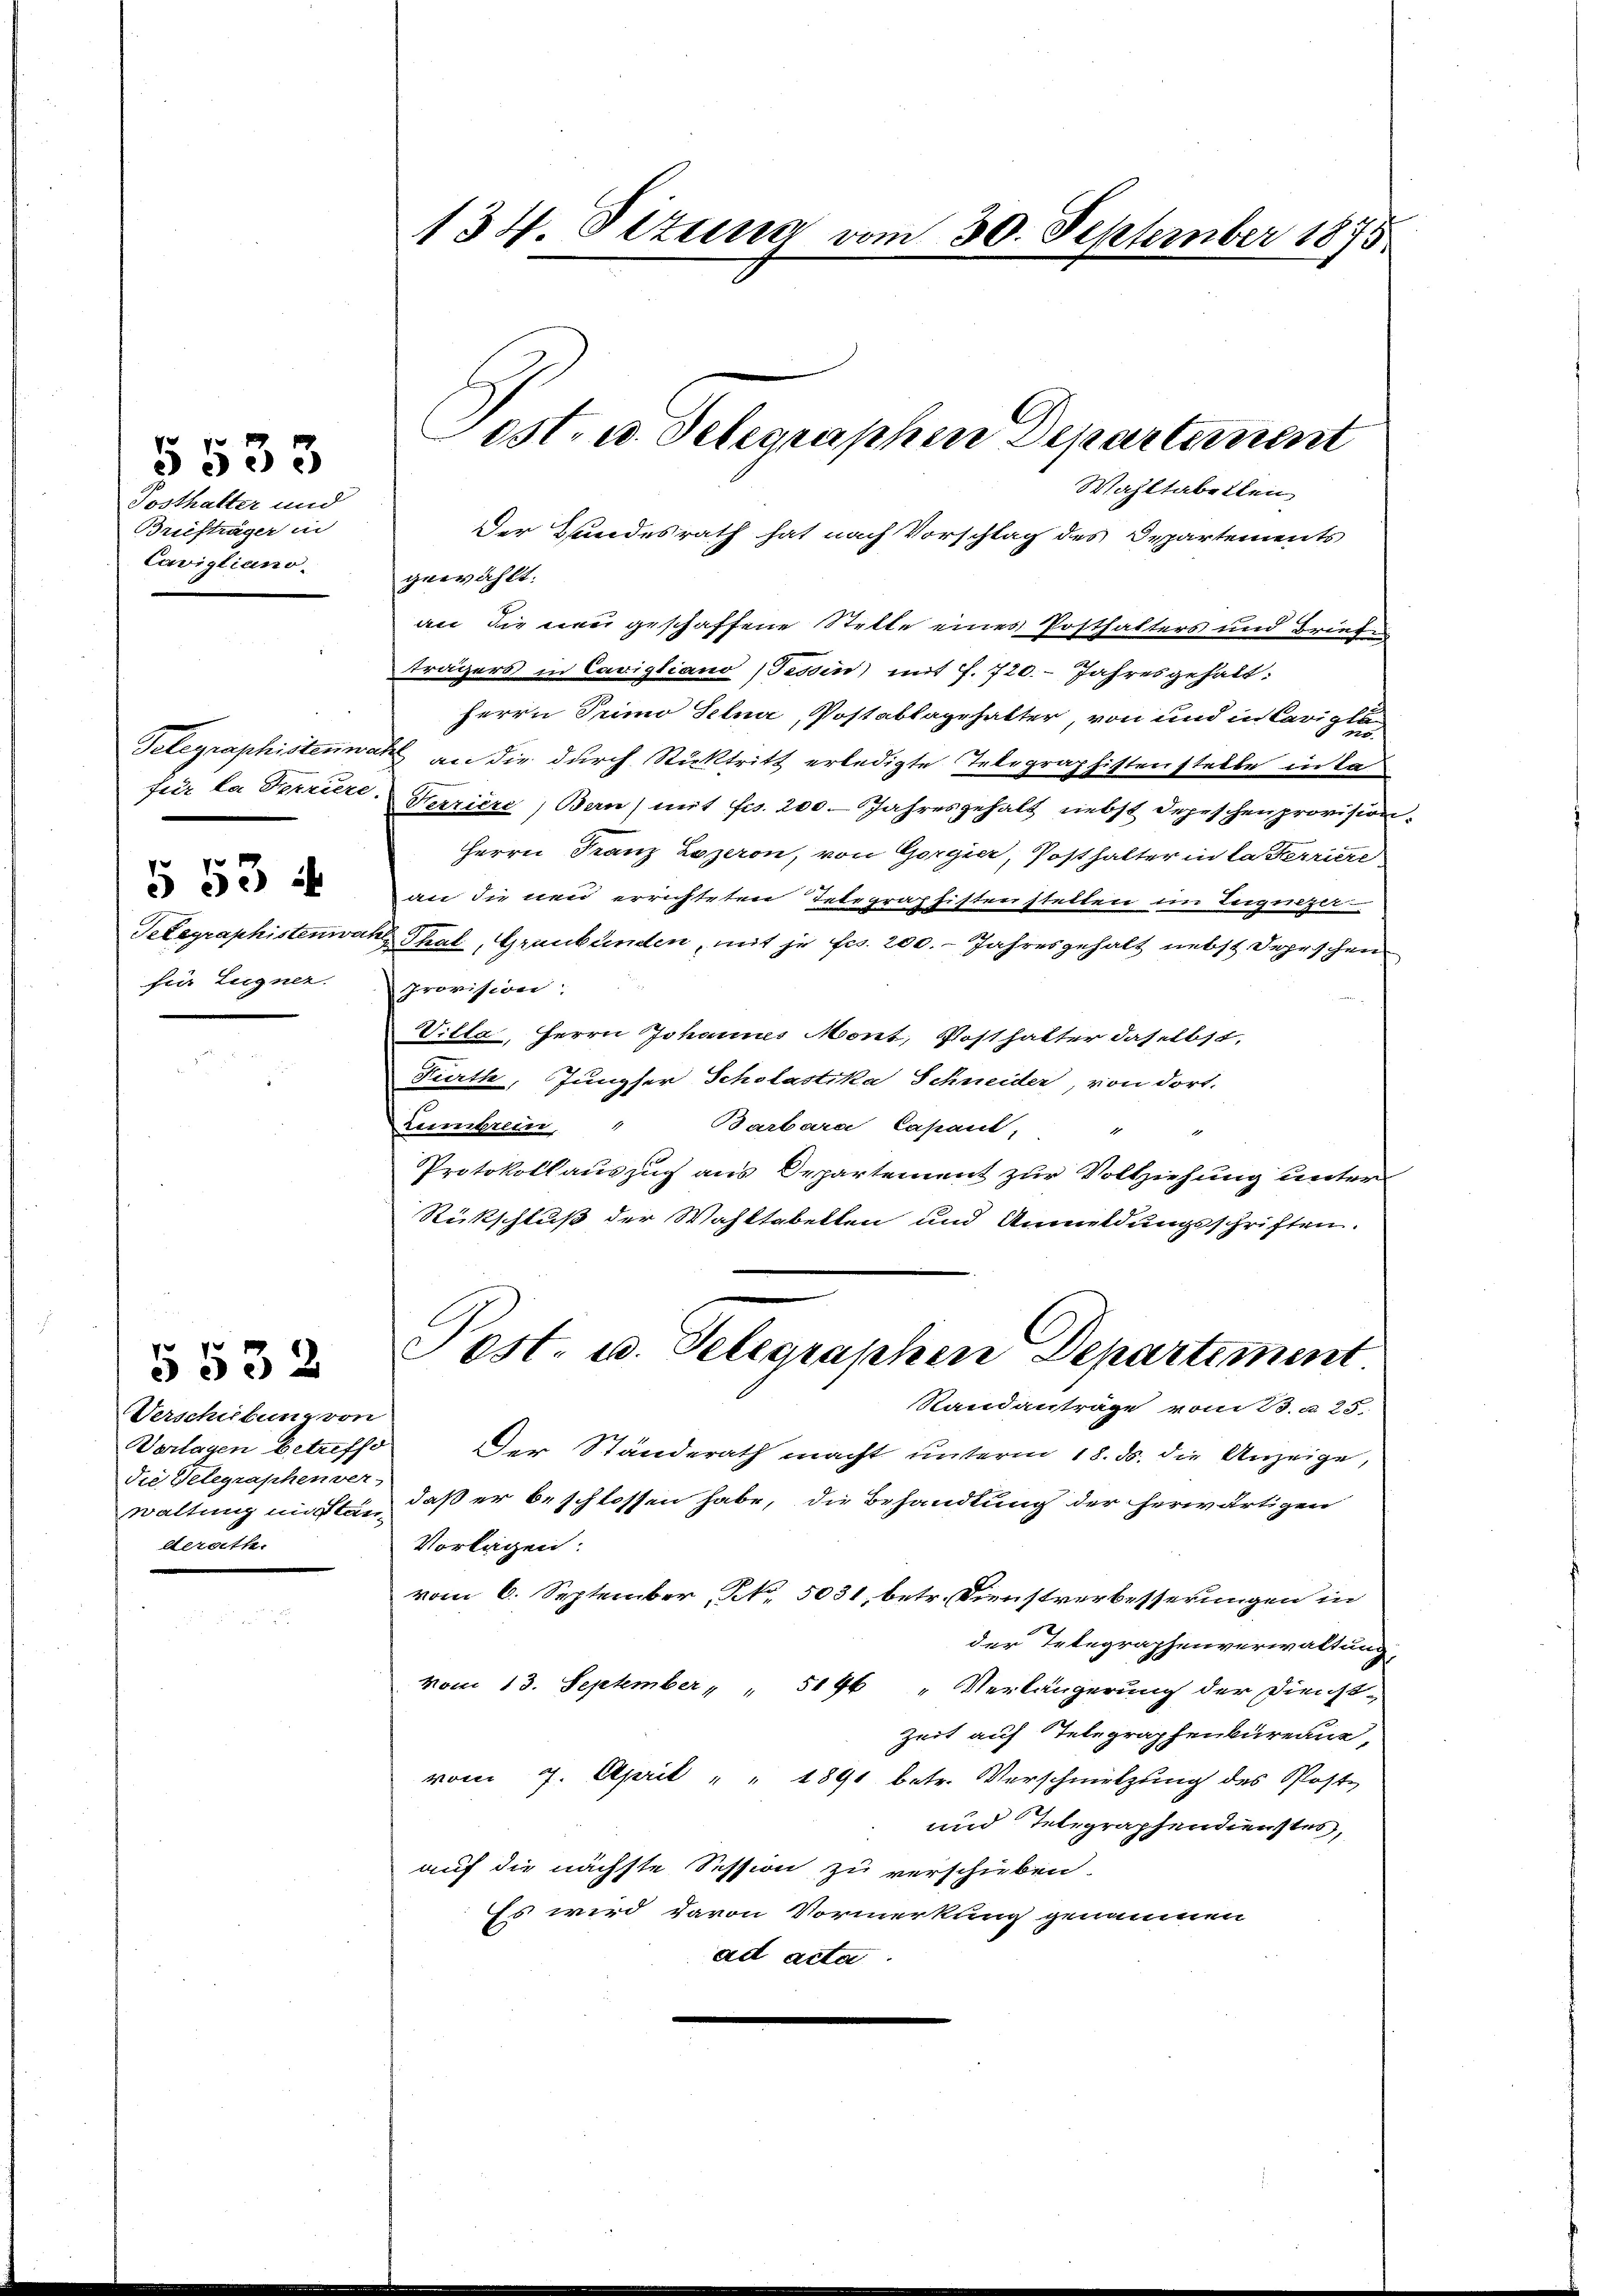
Posthalter und
Briefträger in
Cavigliano.

5533

Telegraphistenn
fuer la Feriere
7
3 de
Telegraphistenwar
für Eugner.

Verschubung von
Verlagen betreffe
die Velegraphen ver-
waltung instanderath.

134. Situa vom 30. September 1875

Wahltabellen
Der Hundesrath hat nach Vorschlag des Departements
gewählt.
an die neu geschaffene Stelle eines Posthalters und Brude
trägers in Cavigliano (Tessin) mit f. 720. Jahresgehalt:
Herrn Primo Selna, Postablagehalter, von und in Carigla
 an die durch Rücktritt erledigte Telegraphistenstelle in ta¬
Terriere, Bern) mit fcs. 200 Jahresgehalt nebst depeschen provision.
Herrn Franz Lozeron, von Gorgier, Posthalter in la ferriere
an die neu errichteten Telegraphistenstellen im Teignetet.
Thal, Graubünden, mit je fcs. 200. Jahresgehalt nebst Depeschen
Provision;
Villa, Herrn Johannes Mont, Posthalter daselbst,
Fürth, Jungser Scholastika Schneider, von dort.
Barbara Capant,
Leimbrein,
Protokollauszug aus Departement zur Vollziehung unter
Rückschluß der Wahltabellen und Anmeldungsschriften.
d. d. 2. Pest. u. Telegraphen Departement
Standanträge vom 23. d. 25.
Der Standerath macht unterm 18. ds. die Anzeige,
daß er beschlossen habe, die Behandlung der herwärtigen
Vorlagen:
vom 6. September, N. 5031, betr. Dienstverbesserungen in
der Telegraphenverwaltung,
vom 13. September " " 5146 " Verlängerung der Dienst-
Zeit auf Telegraphenbüreau,
vom 7. April " " 1891 betr. Verschmelzung des Post-
und Telegraphendienstes,
auf die nächste Session zu verschieben.
Es wird davon Vormerkung genommen
ad acta.

Post. u. Telegraphen Departement